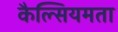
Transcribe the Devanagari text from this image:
कैल्सियमता